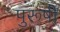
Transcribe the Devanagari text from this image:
पुरूषी